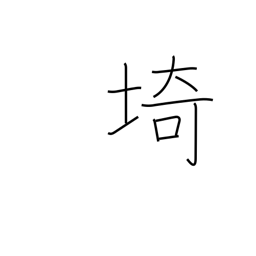
Meaning: cape